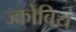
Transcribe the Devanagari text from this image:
ज्कोबियं